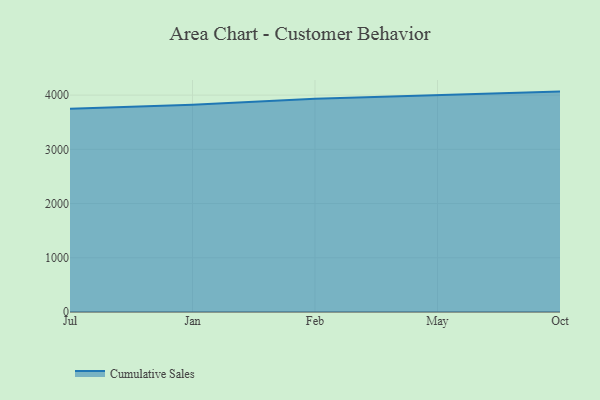
{"axis": {"x": "Month", "y": "Demand Index"}, "legend": ["Cumulative Sales"], "data": [{"x": "Jul", "y": 3748.5, "type": "Cumulative Sales"}, {"x": "Jan", "y": 3822.5, "type": "Cumulative Sales"}, {"x": "Feb", "y": 3930.8, "type": "Cumulative Sales"}, {"x": "May", "y": 3995.9, "type": "Cumulative Sales"}, {"x": "Oct", "y": 4064.7, "type": "Cumulative Sales"}]}